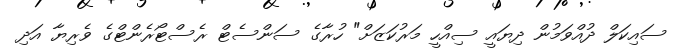
ސައިކަލް ދުއްވަމުން ދިޔައީ ސިއްހީ މަރުކަޒަށް" ހުރާގެ ސަންސެޓް ރެސްޓޯރެންޓްގެ ވެރިޔާ އަދި